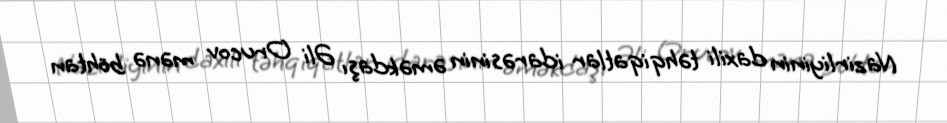
Nazirliyinin daxili təhqiqatlar idarəsinin əməkdaşı Əli Orucov mənə böhtan